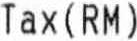
TAX(RM)